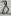
Text: 8